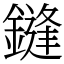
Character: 鏠